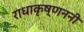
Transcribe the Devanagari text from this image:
राधाकृष्णननी